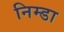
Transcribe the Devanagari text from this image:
निम्डा